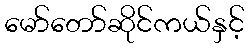
မော်တော်ဆိုင်ကယ်နှင့်